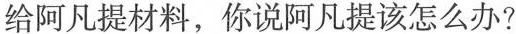
给阿凡提材料，你说阿凡提该怎么办?